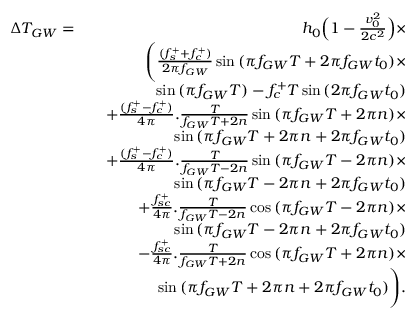
\begin{array} { r l r } { \Delta T _ { G W } = } & { } & { h _ { 0 } \Bigl ( 1 - \frac { v _ { 0 } ^ { 2 } } { 2 c ^ { 2 } } \Bigr ) \times } \\ & { } & { \Biggl ( \frac { ( f _ { s } ^ { + } + f _ { c } ^ { + } ) } { 2 \pi f _ { G W } } \sin { ( \pi f _ { G W } T + 2 \pi f _ { G W } t _ { 0 } ) } \times } \\ & { } & { \sin { ( \pi f _ { G W } T ) } - f _ { c } ^ { + } T \sin { ( 2 \pi f _ { G W } t _ { 0 } ) } } \\ & { } & { + \frac { ( f _ { s } ^ { + } - f _ { c } ^ { + } ) } { 4 \pi } . \frac { T } { f _ { G W } T + 2 n } \sin { ( \pi f _ { G W } T + 2 \pi n ) } \times } \\ & { } & { \sin { ( \pi f _ { G W } T + 2 \pi n + 2 \pi f _ { G W } t _ { 0 } ) } } \\ & { } & { + \frac { ( f _ { s } ^ { + } - f _ { c } ^ { + } ) } { 4 \pi } . \frac { T } { f _ { G W } T - 2 n } \sin { ( \pi f _ { G W } T - 2 \pi n ) } \times } \\ & { } & { \sin { ( \pi f _ { G W } T - 2 \pi n + 2 \pi f _ { G W } t _ { 0 } ) } } \\ & { } & { + \frac { f _ { s c } ^ { + } } { 4 \pi } . \frac { T } { f _ { G W } T - 2 n } \cos { ( \pi f _ { G W } T - 2 \pi n ) } \times } \\ & { } & { \sin { ( \pi f _ { G W } T - 2 \pi n + 2 \pi f _ { G W } t _ { 0 } ) } } \\ & { } & { - \frac { f _ { s c } ^ { + } } { 4 \pi } . \frac { T } { f _ { G W } T + 2 n } \cos { ( \pi f _ { G W } T + 2 \pi n ) } \times } \\ & { } & { \sin { ( \pi f _ { G W } T + 2 \pi n + 2 \pi f _ { G W } t _ { 0 } ) } \Biggr ) . } \end{array}